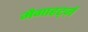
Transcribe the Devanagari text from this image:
मैगाहर्ट्ज़